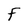
Character: F